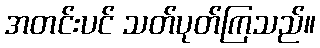
အတင်းပင် သတ်ပုတ်ကြသည်။